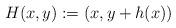
LaTeX: \begin{align*}H(x,y) := (x, y+h(x))\end{align*}